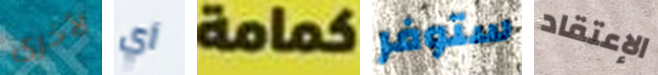
لأخرى أي كمامة ستوفر الإعتقاد